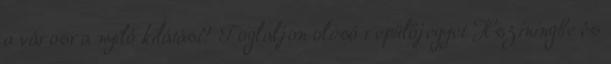
a városra nyíló kilátást? Foglaljon olcsó repülőjegyet Hsziningbe és